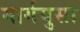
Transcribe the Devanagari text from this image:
मार्गयुसा